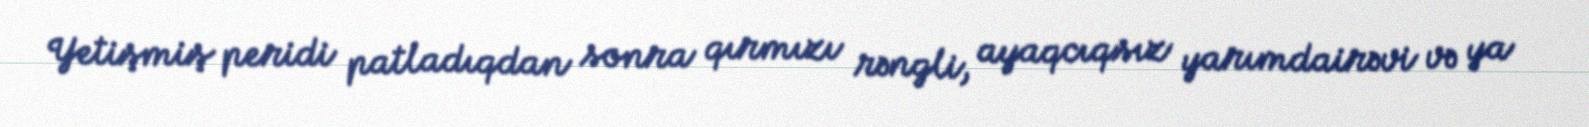
Yetişmiş peridi patladıqdan sonra qırmızı rəngli, ayaqcıqsız yarımdairəvi və ya